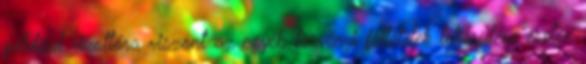
például rizottóra viszont az egyéb törvényi feltételek teljesülése esetén